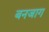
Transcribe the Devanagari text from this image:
बनजाग